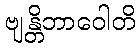
ဗျန္တိဘာဝေါတိ